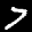
Label: 7